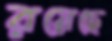
রয়েছে